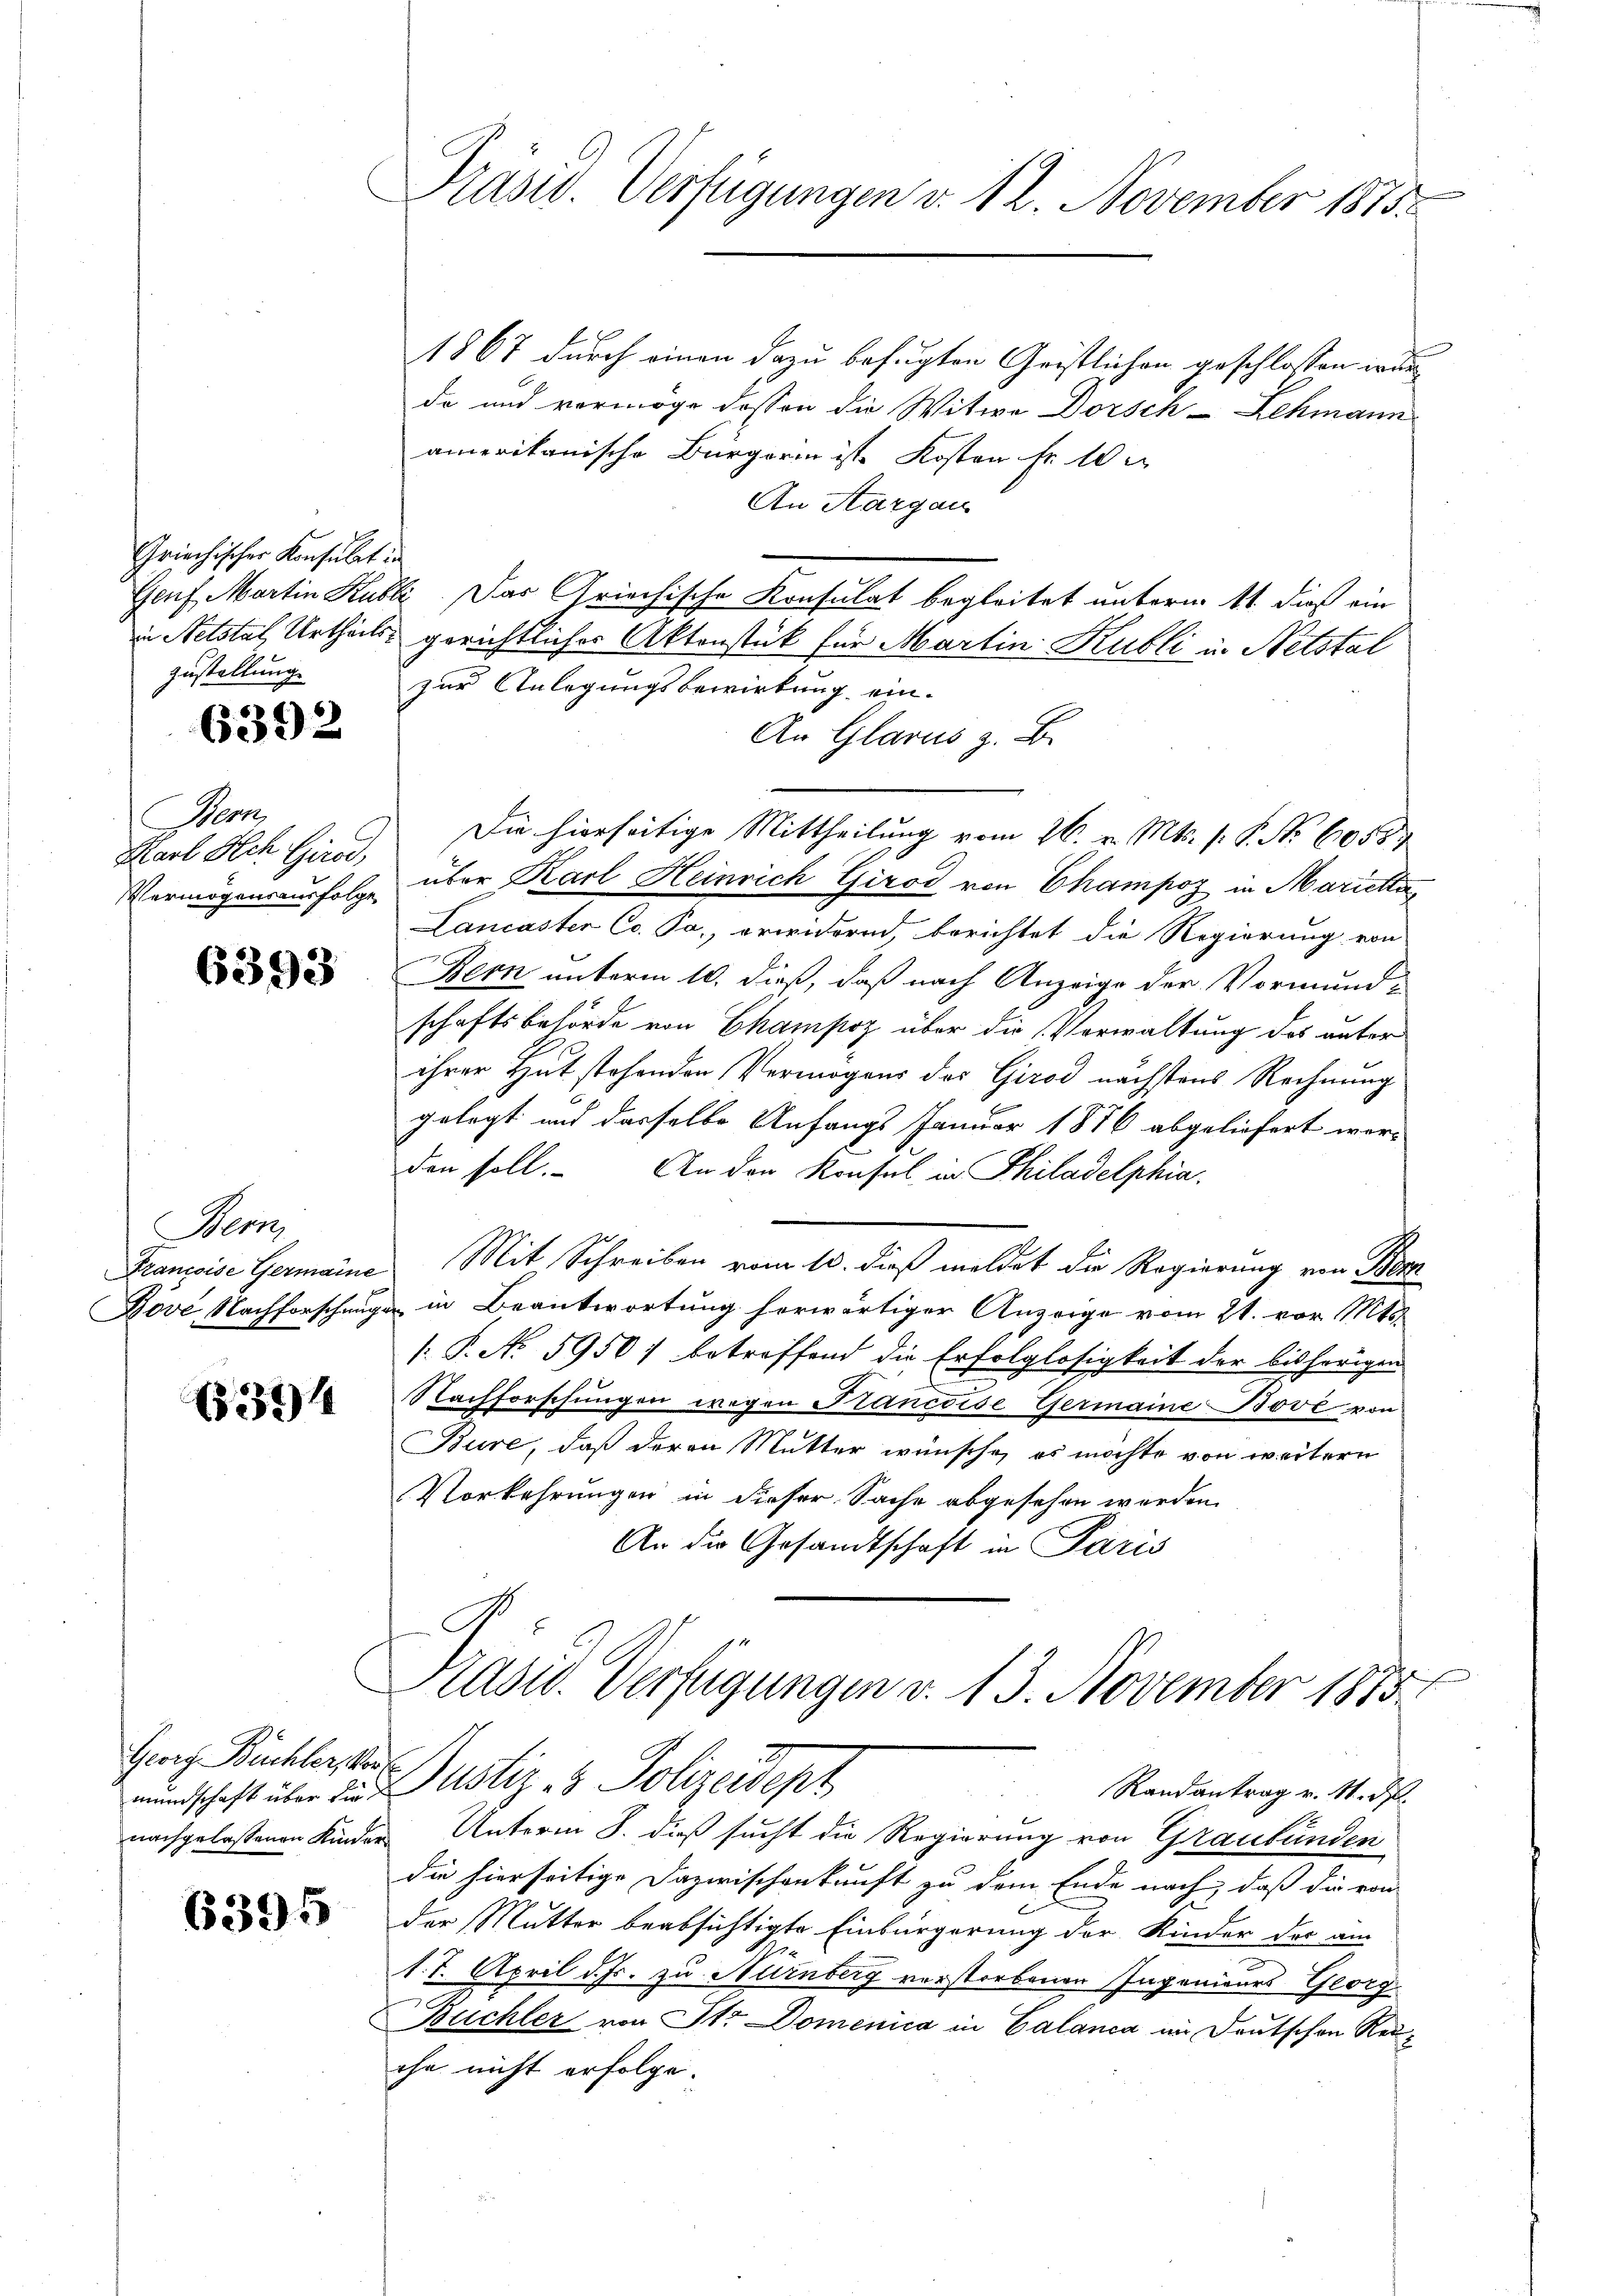
Griechischer Konsulat i
Zustellung

6392

Bern
Karl Ach Girod,

6393

Bern
Francoise Germaine
Bove, Nachforschung

1394

Georg Büchler, Vor
mundschaft über die
nachgelassenen Kinde

6395

Präsid. Verfügungen v. 12. November 1875.

1867 durch einen dazu befugten Geistlichen geschlossen wur
de und vermöge dessen die Witwe Dorsch-Lehmann
amerikanische Bürgerin ist Kosten Fr. 10
An Aargau
Geuf Martin Kubli. Das Griechische Konsulat begleitet unterm 11. dieß ein
in Netstel Urtheils gerichtlicher Aktenstück für Martin Kubli in Netstal
zur Anlegungsbewirkung ein¬
An Glarus z. B.
Die hierseitige Mittheilung vom 26. v. Mts. (: P. Nr. 6056.
Vermögensausfolge über Karl Heinrich Girod von Champoz in Marietta¬
Lancaster Co. Po., erwidernd, berichtet die Regierung von
Bern unterm 10. dieß, daß nach Anzeige der Vormund-
schaftsbehörde von Champoz über die Verwaltung des unter
ihrer Hut stehenden Vermögens des Girod nächstens Rechnung
gelegt und dasselbe Anfangs Januar 1876 abgeliefert worden soll. An den Konsul in Philadelphia
Mit Schreiben vom 10. dieß meldet die Regierung von Benz
en in Beantwortung herwärtiger Anzeige vom 21. vor. Mts.
[: P. No 5950) betreffend die Erfolglosigkeit der bisherigen
Nachforschungen wegen Krancoise Germaine Bove von
Bure, daß deren Mutter wünsche, es möchte von weitern
Vorkehrungen in dieser Sache abgesehen werden.
An die Gesandtschaft in Paris
x
Präsid. Verfügungen v. 13. November 1873
Justiz- & Polizeidept
Randantrag v. M. D.
 Unterm 8. dieß sucht die Regierung von Graubünden
die hierseitige Dazwischenkunft zu dem Ende nach, daß die von
der Mutter beabsichtigte Einbürgerung der Kinder der am
2
2
17. April d. Js. zu Nürnberg verstorbenen Ingenieurs Georg
Büchler von St. Domenica in Calanca im Deutschen Reiche nicht erfolge.